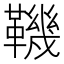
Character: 鞿